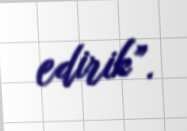
edirik”.